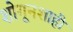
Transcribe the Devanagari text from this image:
शोगूनशाही